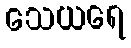
သေယရေ